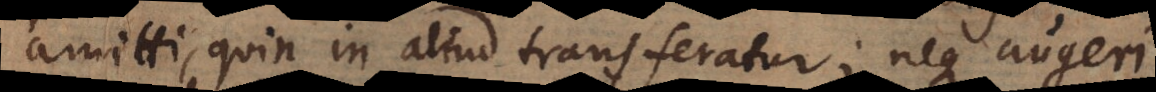
i, quin in aliud transferatur; neque augeri,